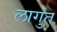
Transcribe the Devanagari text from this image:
लागुंत